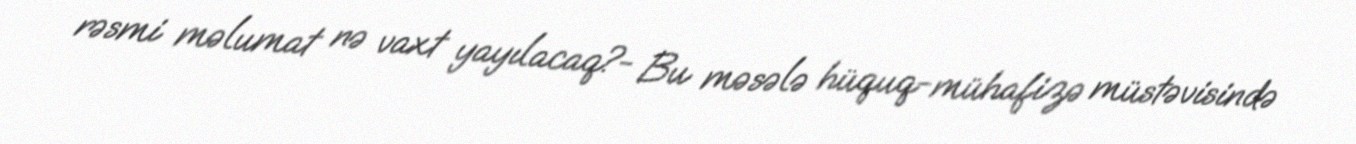
rəsmi məlumat nə vaxt yayılacaq?- Bu məsələ hüquq-mühafizə müstəvisində